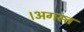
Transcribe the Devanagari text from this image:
।अगस्त